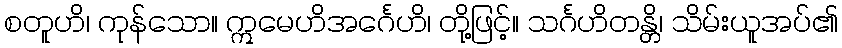
စတူဟိ၊ ကုန်သော။ ဣမေဟိအင်္ဂေဟိ၊ တို့ဖြင့်။ သင်္ဂဟိတန္တိ၊ သိမ်းယူအပ်၏